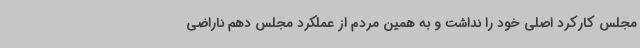
مجلس کارکرد اصلی خود را نداشت و به همین مردم از عملکرد مجلس دهم ناراضی